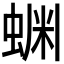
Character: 𬠔